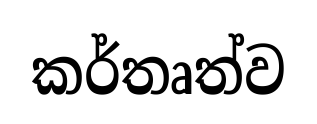
කර්තෘත්ව